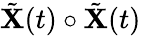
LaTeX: \tilde{\mathbf{X}}(t)\circ\tilde{\mathbf{X}}(t)